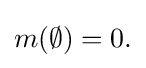
m(\emptyset )=0.\,\!